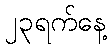
၂၃ရက်နေ့